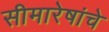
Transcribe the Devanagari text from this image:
सीमारेषांचे